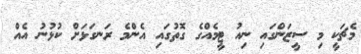
މެޗަކީ މި ސީޒަންގައި ނިއު ޓީމެއްގެ ގޮތުގައި އެންމެ ރަނގަޅަށް ކުޅުނު އެއް